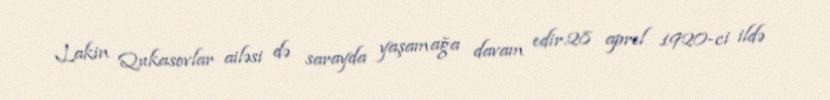
Lakin Qukasovlar ailəsi də sarayda yaşamağa davam edir.28 aprel 1920-ci ildə